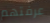
عرفتهم